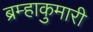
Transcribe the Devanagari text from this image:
ब्रम्हाकुमारी